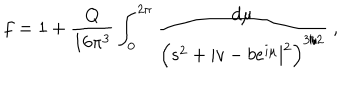
f = 1 + \frac { Q } { 1 6 \pi ^ { 3 } } \int _ { 0 } ^ { 2 \pi } \frac { d \mu } { \left( s ^ { 2 } + | v - b e ^ { i \mu } | ^ { 2 } \right) ^ { 3 / 2 } } \ ,